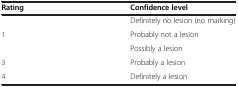
<table><thead><tr><td><b>Rating</b></td><td><b>Confidence level</b></td></tr></thead><tbody><tr><td>[EMPTY_CELL]</td><td>Definitely no lesion (no marking)</td></tr><tr><td>1</td><td>Probably not a lesion</td></tr><tr><td>[EMPTY_CELL]</td><td>Possibly a lesion</td></tr><tr><td>3</td><td>Probably a lesion</td></tr><tr><td>4</td><td>Definitely a lesion</td></tr></tbody></table>